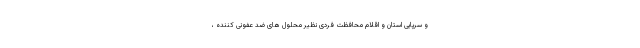
و سرپایی استان و اقلام محافظت فردی نظیر محلول های ضد عفونی کننده ،